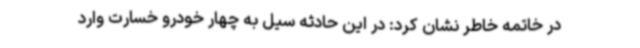
در خاتمه خاطر نشان کرد: در این حادثه سیل به چهار خودرو خسارت وارد